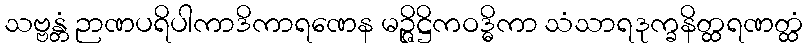
သဗ္ဗန္တံ ဉာဏပရိပါကာဒိကာရဏေန မဉ္ဇိဋ္ဌိကဝဒ္ဓိကာ သံသာရဒုက္ခနိတ္ထရဏတ္ထံ